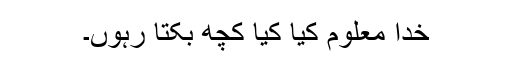
خدا معلوم کیا کیا کچھ بکتا رہوں۔